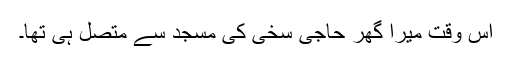
اس وقت میرا گھر حاجی سخی کی مسجد سے متصل ہی تھا۔